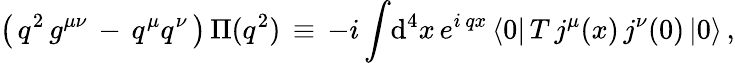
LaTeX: \big(\, q^{2}\, g^{\mu\nu}\, -\, q^{\mu}q^{\nu}\, \big)\, \Pi(q^{2})\, \equiv\, -i\int\! \mathrm{d}^{4}x\, e^{i\, qx}\, \langle 0|\, T\, j^{\mu}(x)\, j^{\nu}(0)\, |0\rangle\, ,